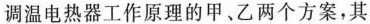
调温电热器工作原理的甲。乙两个方案，其